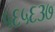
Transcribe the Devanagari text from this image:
५६५६३७